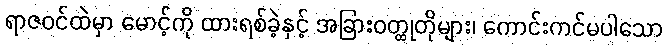
ရာဇဝင်ထဲမှာ မောင့်ကို ထားရစ်ခဲ့နှင့် အခြားဝတ္ထုတိုများ၊ ကောင်းကင်မပါသော